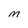
Character: M